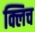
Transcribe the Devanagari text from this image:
क्लिच